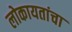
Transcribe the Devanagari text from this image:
लोकायतांचा